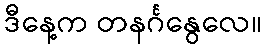
ဒီနေ့က တနင်္ဂနွေလေ။